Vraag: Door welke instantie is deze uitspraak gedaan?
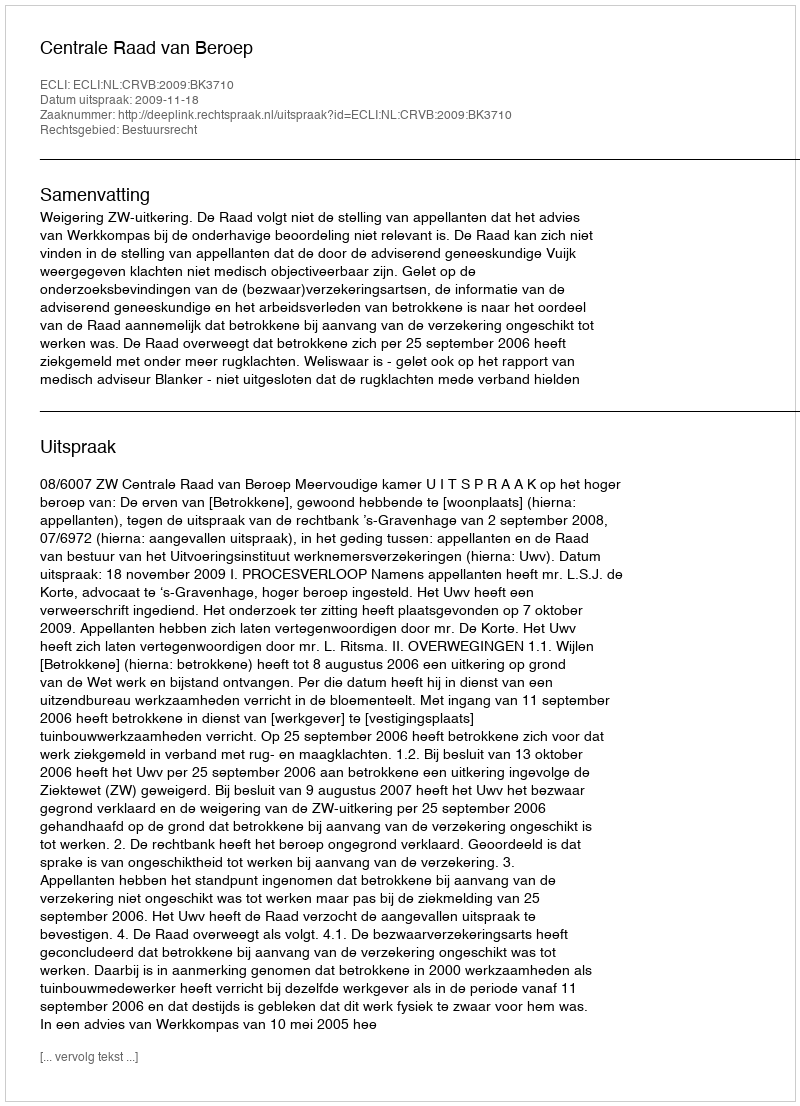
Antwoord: Centrale Raad van Beroep